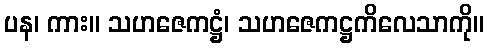
ပန၊ ကား။ သဟဇေကဋ္ဌံ၊ သဟဇေကဋ္ဌကိလေသာကို။